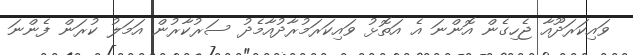
ވައިކަރަދޫއާ ޖެހިގެން އޮންނަ އެ އަތޮޅު ވައިކަރަމުރާދުއާމެދު ސަރުކާރުން އަމަލު ކުރަން ފެންނަ